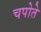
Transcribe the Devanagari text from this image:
चपोते